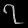
Digit: ၇